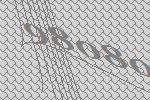
98080